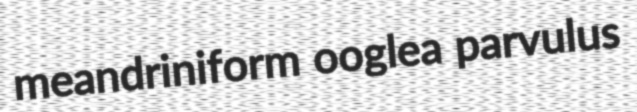
meandriniform ooglea parvulus